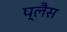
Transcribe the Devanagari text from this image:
प्लैस